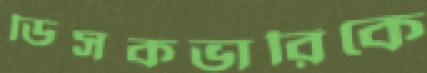
ডিসকভারিকে